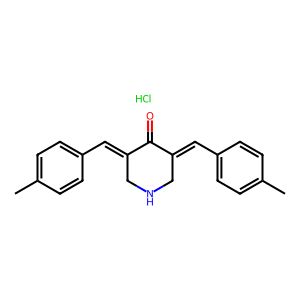
SMILES: Cc1ccc(C=C2CNCC(=Cc3ccc(C)cc3)C2=O)cc1.Cl
Inhibits HIV replication: No